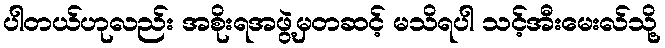
ပါတယ်ဟုလည်း အစိုးရအဖွဲ့မှတဆင့် မသိရပါ သင့်အီးမေးလ်သို့